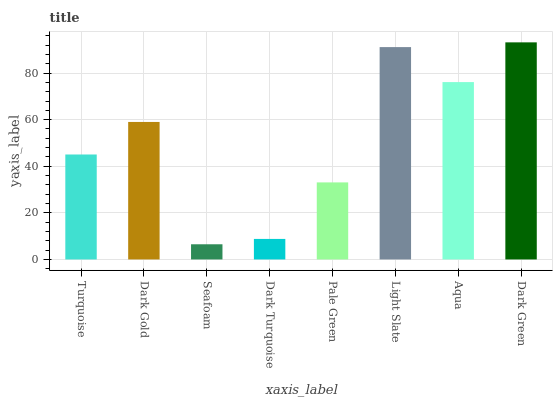
| xaxis_label | bars |
 | --- | --- |
 | Turquoise | 45.1 |
 | Dark Gold | 59 |
 | Seafoam | 6.52 |
 | Dark Turquoise | 8.81 |
 | Pale Green | 33.1 |
 | Light Slate | 91.2 |
 | Aqua | 76.1 |
 | Dark Green | 93.2 |